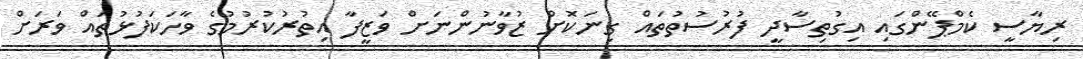
ރިޔާސީ ކެމްޕޭންގައި އިގުތިސާދީ ފުރުސުތުތައް ގިނަކޮށް ޒުވާނުންނަށް ވަޒީފާ އިތުރުކުރުމުގެ ވާހަކަފުޅުތައް ވަރަށް